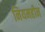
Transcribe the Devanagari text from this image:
नियमहीन